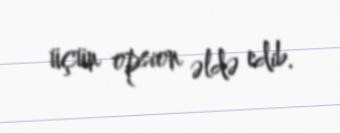
üçün opsion əldə edib.